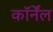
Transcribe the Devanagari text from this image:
कॉर्नेंल